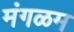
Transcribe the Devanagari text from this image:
मंगळम